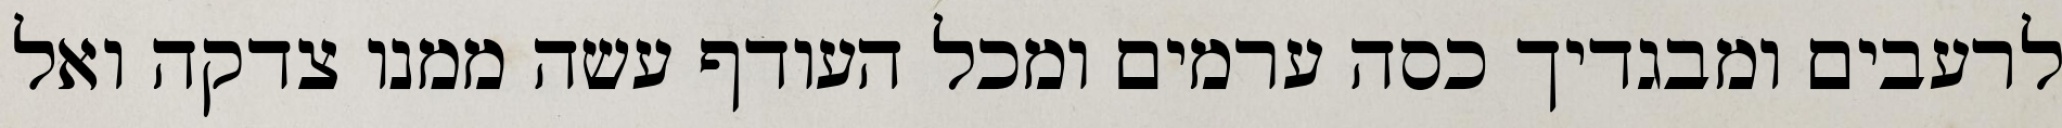
לרעבים ומבגדיך כסה ערמים ומכל העודף עשה ממנו צדקה ואל